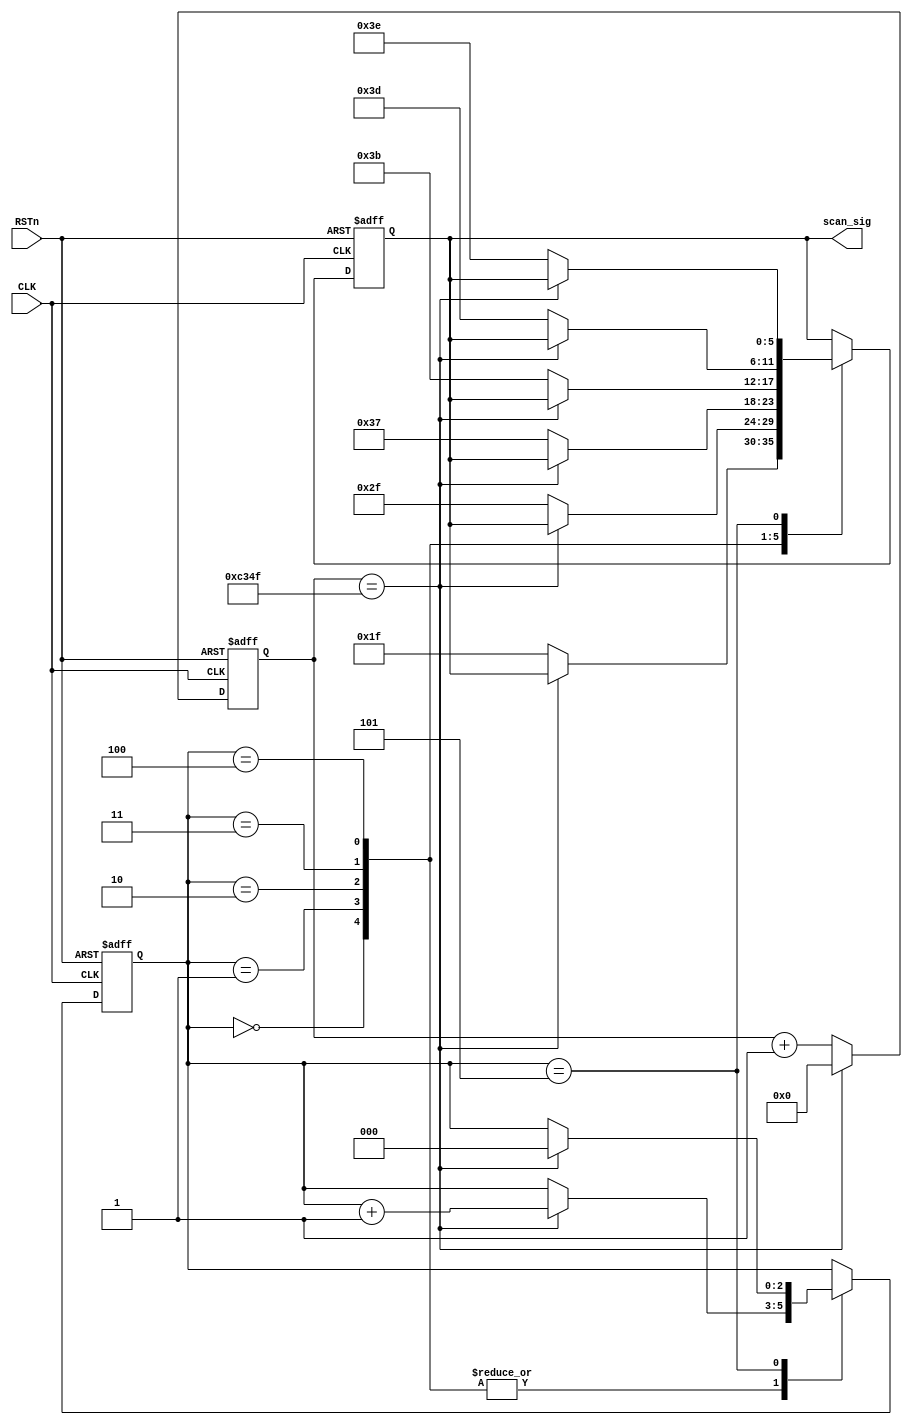
`timescale 1ns / 1ps
//////////////////////////////////////////////////////////////////////////////////
// Company: 
// Engineer: 
// 
// Design Name: 
// Module Name:    smg_scan_module 
// Project Name: 
// Target Devices: 
// Tool versions: 
// Description: 
//
// Dependencies: 
//
// Revision: 
// Revision 0.01 - File Created
// Additional Comments: 
//
//////////////////////////////////////////////////////////////////////////////////
module smg_scan_module(
    CLK,
    RSTn,
    scan_sig
    );
    
    input CLK;
    input RSTn;
    output [5:0]scan_sig;
    
    
    localparam T1MS = 16'd49_999;
    
    reg [15:0]count;
    
    always @(posedge CLK or negedge RSTn) begin
        if (!RSTn)
            count <= 16'd0;
        else if (count == T1MS)
            count <= 16'd0;
        else
            count <= count + 1'b1;
    end
    
    
    
    reg [2:0]i;
    reg [5:0]rScan;
    
    
    // AX309  
    always @(posedge CLK or negedge RSTn) begin
        if (!RSTn) begin
            i <= 3'd0;
            rScan <= 6'b11_1111;
        end
        else
            case(i)
                
                0:
                    if(count == T1MS)
                        i <= i + 1'b1;
                    else
                        rScan <= 6'b01_1111;
                
                1:
                    if(count == T1MS)
                        i <= i + 1'b1;
                    else
                        rScan <= 6'b10_1111;
                
                2:
                    if(count == T1MS)
                        i <= i + 1'b1;
                    else
                        rScan <= 6'b11_0111;
                
                3:
                    if(count == T1MS)
                        i <= i + 1'b1;
                    else
                        rScan <= 6'b11_1011;
            
                4:
                    if(count == T1MS)
                        i <= i + 1'b1;
                    else
                        rScan <= 6'b11_1101;
            
                5:
                    if(count == T1MS)
                        i <= 3'd0;
                    else
                        rScan <= 6'b11_1110;
                        
            endcase
    end
    
    assign scan_sig = rScan;

endmodule